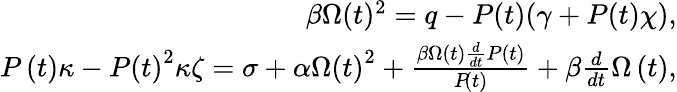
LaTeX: \begin{array}{r}{\beta\Omega(t)^{2}=q-P(t)(\gamma+P(t)\chi),}\\ {P\left(t\right)\kappa-P\left(t\right)^{2}\kappa\zeta=\sigma+\alpha\Omega\left(t\right)^{2}+\frac{\beta\Omega\left(t\right)\frac{d}{dt}P\left(t\right)}{P\! \left(t\right)}+\beta\frac{d}{dt}\Omega\left(t\right),}\end{array}